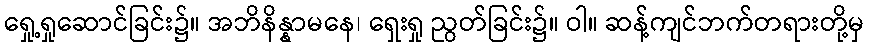
ရှေု့ရှုဆောင်ခြင်း၌။ အဘိနိန္နာမနေ၊ ရှေးရှု ညွတ်ခြင်း၌။ ဝါ။ ဆန့်ကျင်ဘက်တရားတို့မှ